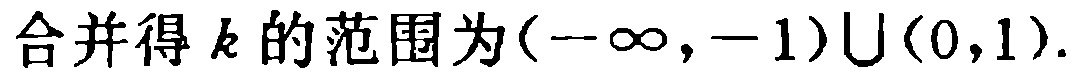
合并得 \(k\) 的范围为\((-\infty,-1)\cup(0,1)\).